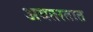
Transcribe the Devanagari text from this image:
अवतरतात